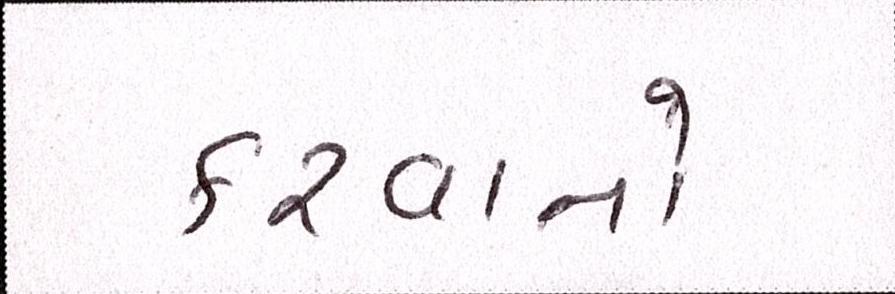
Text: કરવાનો